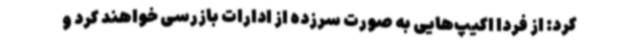
کرد: از فردا اکیپ‌هایی به صورت سرزده از ادارات بازرسی خواهند کرد و